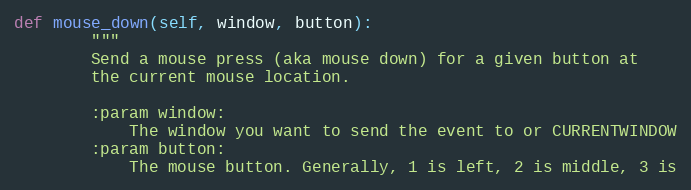
Language: Python
def mouse_down(self, window, button):
        """
        Send a mouse press (aka mouse down) for a given button at
        the current mouse location.

        :param window:
            The window you want to send the event to or CURRENTWINDOW
        :param button:
            The mouse button. Generally, 1 is left, 2 is middle, 3 is